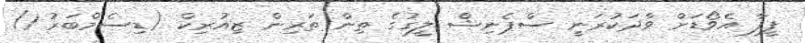
ފީފާ އެވޯޑަށް ވާދަކުރަނީ ސްޕެނިޝް ލީގުގެ ތިން ތަރިން ޒިއުރިކް (ޑިސެމްބަރު 1)